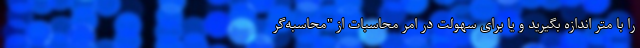
را با متر اندازه بگیرید و یا برایِ سهولت در امر محاسبات از "محاسبه‌گر